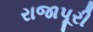
રાજાપૂરી